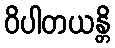
ဝိပါတယန္တိ